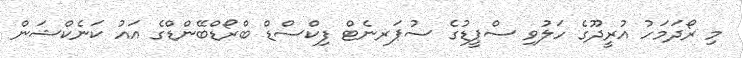
މި ރޯދަމަހު އުރީދޫގެ ހަލުވި ސްޕީޑުގެ ސުޕަރނެޓް ފިކްސްޑް ބްރޯޑްބޭންޑްގެ އައު ކަނެކްޝަން